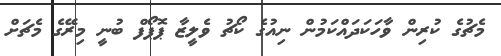
މެޗުގެ ކުރިން ވާހަކަދައްކަމުން ނިއުގެ ކޯޗު ވެލީޒާ ޕޮޕޯފް ބުނީ މިރޭގެ މެޗަށް